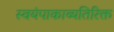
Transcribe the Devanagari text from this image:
स्वयंपाकाव्यतिरिक्त